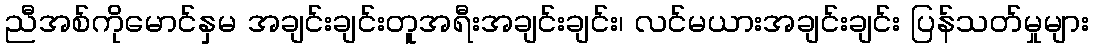
ညီအစ်ကိုမောင်နှမ အချင်းချင်းတူအရီးအချင်းချင်း၊ လင်မယားအချင်းချင်း ပြန်သတ်မှုများ